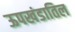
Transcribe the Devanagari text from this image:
ऊपखंडातिल